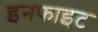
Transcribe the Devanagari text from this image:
इनफाइट